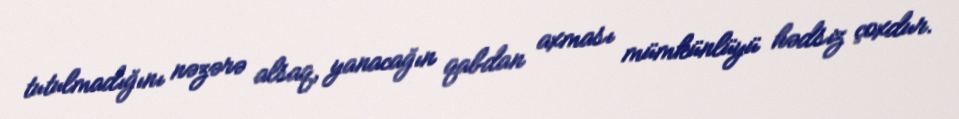
tutulmadığını nəzərə alsaq, yanacağın qabdan axması mümkünlüyü hədsiz çoxdur.